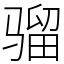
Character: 骝